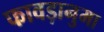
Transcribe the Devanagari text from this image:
फावड़ानुमा